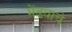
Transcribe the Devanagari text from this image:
मेंढ्याचे